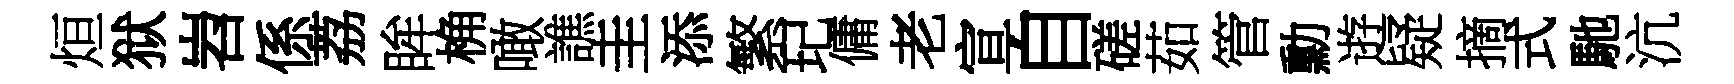
烜狱岧係荔眸桷噉譙圭添繁玘傭老宣自磋茹管勳逰疑摘式馳沆